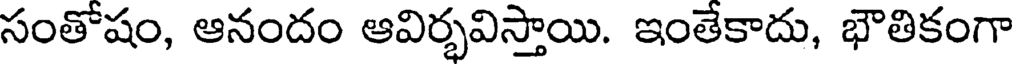
సంతోషం, ఆనందం ఆవిర్భవిస్తాయి. ఇంతేకాదు, భౌతికంగా